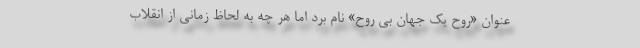
عنوان «روح یک جهان بی روح» نام برد اما هر چه به لحاظ زمانی از انقلاب